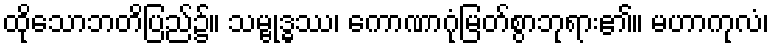
ထိုသောဘတိပြည်၌။ သမ္ဗုဒ္ဓဿ၊ ကောဏာဂုံမြတ်စွာဘုရား၏။ မဟာကုလံ၊